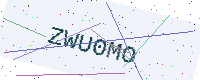
Text: ZWU0MO